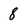
Character: 8